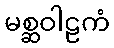
မစ္ဆဝါဠကံ